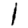
Digit: 1